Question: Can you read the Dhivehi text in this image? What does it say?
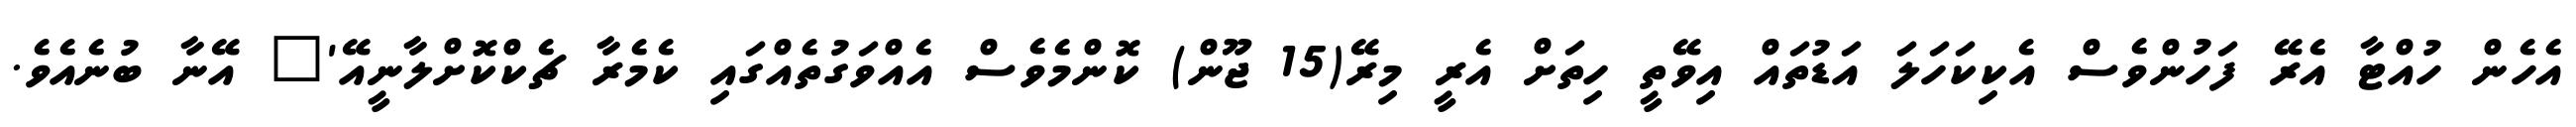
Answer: އެހެން ހުއްޓާ އެރޭ ފަހުންވެސް އެކިކަހަލަ އަޑުތައް އިވޭތީ ހިތަށް އެރީ މިރޭ(15 ޖޫން) ކޮންމެވެސް އެއްވަގުތެއްގައި ކެމެރާ ޗެކްކޮށްލާނީއޭ'" އޭނާ ބުނެއެވެ.